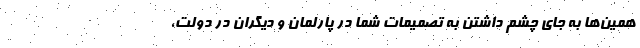
همین‌ها به جای چشم داشتن به تصمیمات شما در پارلمان و دیگران در دولت،